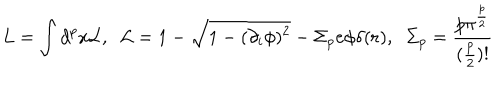
LaTeX: L = \int d ^ { p } x { \cal L } , \; \; { \cal L } = 1 - \sqrt { 1 - ( \partial _ { i } \phi ) ^ { 2 } } - \Sigma _ { p } e \phi \delta ( { \bf r } ) , \; \; \Sigma _ { p } = \frac { p \pi ^ { \frac { p } { 2 } } } { ( \frac { p } { 2 } ) ! }